Vaccination United Provinces of Agra and Oudh 1923-1928 - 1923-1928
Year: 1923
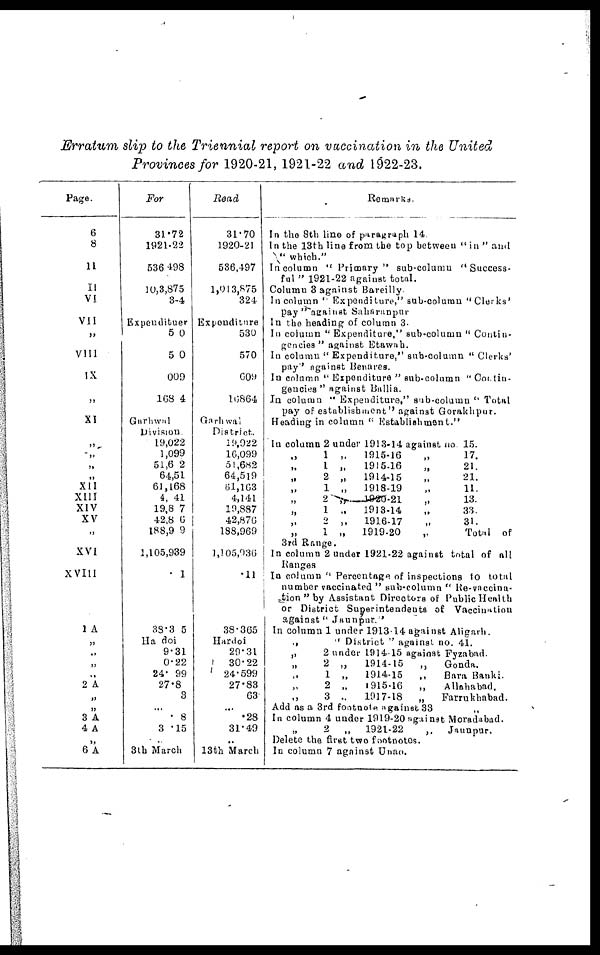
Erratum slip to the Triennial report on vaccination in the United
Provinces for 1920-21, 1921-22 and 1922-23.
Page.
6
8
11
II
VI
VII
„
VIII
IX
„
XI
„
„
„
„
XII
XIII
XIV
XV
„
XVI
XVIII
1 A
„
„
„
„
2 A
„
„
3 A
4 A
„
6 A
For
31.72
1921-22
536 498
10,3,875
3-4
Expendituer
5 0
5 0
009
168 4
Garhwal
Division
19,022
1,099
51,6 2
64,51
61,168
4, 41
19,8 7
42,8 6
188,9 9
1,105,939
. 1
38.3 5
Ha doi
9.31
0.22
24. 99
27.8
3
...
. 8
3 .15
3th March
Read
31.70
1920-21
536,497
1,013,875
324
Expenditure
530
570
609
16864
Garhwal
District.
19,922
16,099
51,682
64,519
61,163
4,141
19,887
42,876
188,969
1,105,936
.11
38.365
Hardoi
29.31
30.22
24.599
27.83
63
...
.28
31.49
..
13th March
Remarks.
In the 8th line of paragraph 14.
In the 13th line from the top between " in " and
" which."
In column " Primary" sub-column "Success-
ful " 1921-22 against total.
Column 3 against Bareilly
In column'' Expenditure," sub-column "Clerks'
pay "against Saharanpur
In the heading of column 3.
In column "Expenditure," sub-column " Contin-
gencies " against Etawnh.
In column " Expenditure," sub-column " Clerks'
pay'' against Benares.
In column " Expenditure " sub-column " Contin-
gencies " against Ballia.
In column " Expenditure," sub-column " Total
pay of establishment'' against Gorakhpur.
Heading in column " Establishiment."
In column 2 under 1913-14 against no. 15.
„
1 „
1915-16
„
17.
1 „
1915-16
„
21.
2 „
1914-15
„
21.
1 „
1918-19
„
11.
2 „
1920-21
„
13.
„
1 „
1913-14
„
33.
„
2 „
1916-17
„
31.
„
1 „
1919-20
„
Total of
3rd Range.
In column 2 under 1921-22 against total of all
Ranges
In column " Percentage of inspections to total
number vaccinated " sub-column " Re-vaccina-
-tion " by Assistant Directors of Public Health
or District Superintendents of Vaccination
against" Jaunpur."
In column 1 under 191314 against Aligarh.
„
" District " against no. 41.
„
2 under 1914-15 against Fyzabad.
2 „
1914-15
„
Gonda.
1 „
1914-15
„
Bara Banki.
„
2 „
1915-16
„
Allahabad.
„
3 ..
1917-18
„
Farrukhabad.
Add as a 3rd footnote against 33
„
In column 4 under 1919-20 against Moradnbad.
2
„
1921-22
„
Jaunpur.
Delete the first two footnotes.
In column 7 against Unao.